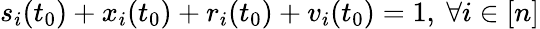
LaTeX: s_{i}(t_{0})+x_{i}(t_{0})+r_{i}(t_{0})+v_{i}(t_{0})=1,~\forall i\in[n]